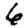
Digit: 6